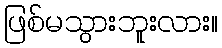
ဖြစ်မသွားဘူးလား။